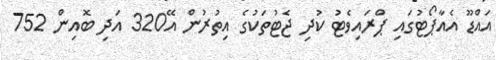
އައްޑޫ އެއާޕޯޓުގައި ޕްރައިވެޓު ކުދި ޖެޓުތަކުގެ އިތުރުން އޭ320 އަދި ބޮއިން 752